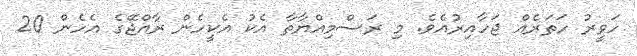
ހަވީރު ހަތަރެއް ޖަހާއިރުއެވެ. މި ރަސްމިއްޔާތާ އެކު އެކީހެން ރާއްޖޭގެ އެހެން 20